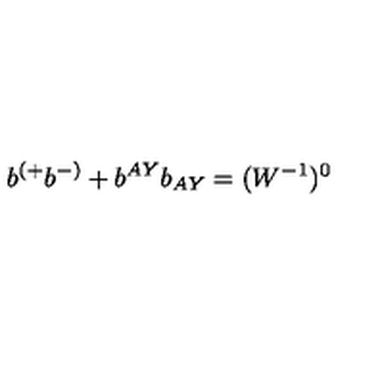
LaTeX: b ^ { ( + } b ^ { - ) } + b ^ { A Y } b _ { A Y } = ( W ^ { - 1 } ) ^ { 0 }